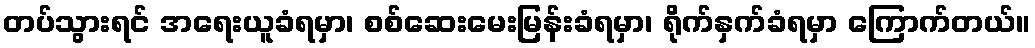
တပ်သွားရင် အရေးယူခံရမှာ၊ စစ်ဆေးမေးမြန်းခံရမှာ၊ ရိုက်နှက်ခံရမှာ ကြောက်တယ်။